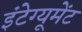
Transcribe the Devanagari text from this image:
इंटेग्यूमेंट